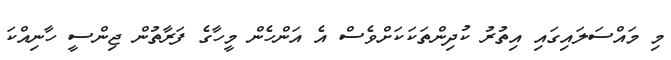
މި މައްސަލައިގައި އިތުރު ކުދިންތަކަކަށްވެސް އެ އަންހެން މީހާގެ ފަރާތުން ޖިންސީ ހާނިއްކަ